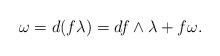
LaTeX: \begin{align*}\omega = d( f\lambda) = df\wedge \lambda + f \omega.\end{align*}